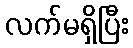
လက်မရှိပြီး